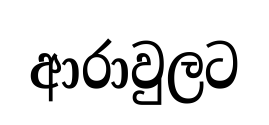
ආරාවුලට